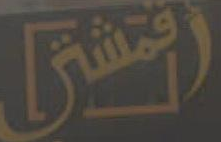
المشي